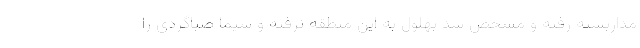
مداربسته رفته و مشخص شد بهلول به این منطقه نرفته و شیما صباگردی را